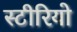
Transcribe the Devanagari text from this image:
स्‍टीरियो